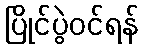
ပြိုင်ပွဲဝင်ရန်